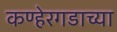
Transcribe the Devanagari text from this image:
कण्हेरगडाच्या